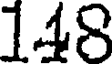
118